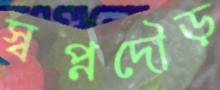
স্বপ্নদৌড়